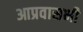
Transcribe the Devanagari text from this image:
आप्रवासभी